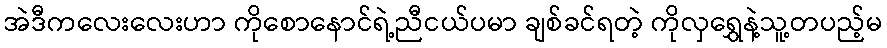
အဲဒီကလေးလေးဟာ ကိုစောနောင်ရဲ့ညီငယ်ပမာ ချစ်ခင်ရတဲ့ ကိုလှရွှေနဲ့သူ့တပည့်မ